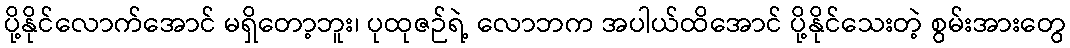
ပို့နိုင်လောက်အောင် မရှိတော့ဘူး၊ ပုထုဇဉ်ရဲ့ လောဘက အပါယ်ထိအောင် ပို့နိုင်သေးတဲ့ စွမ်းအားတွေ